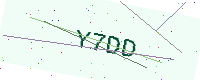
Text: Y7DD